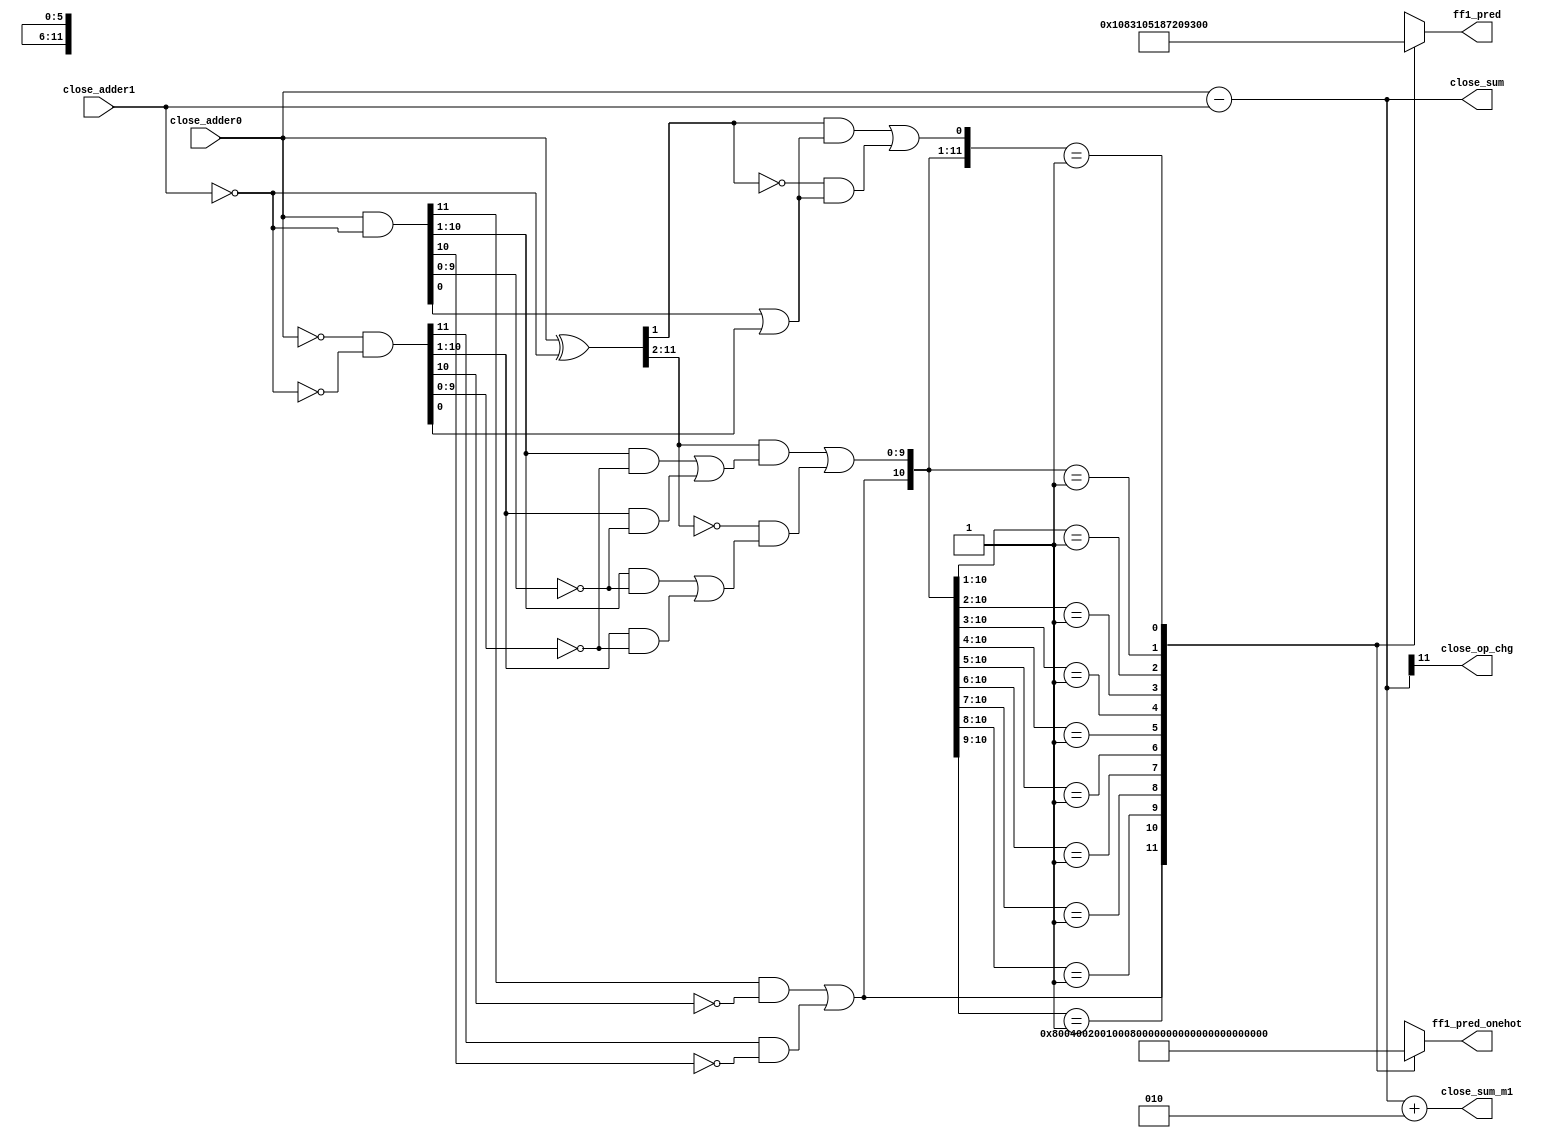
/*Copyright 2019-2021 T-Head Semiconductor Co., Ltd.

Licensed under the Apache License, Version 2.0 (the "License");
you may not use this file except in compliance with the License.
You may obtain a copy of the License at

    http://www.apache.org/licenses/LICENSE-2.0

Unless required by applicable law or agreed to in writing, software
distributed under the License is distributed on an "AS IS" BASIS,
WITHOUT WARRANTIES OR CONDITIONS OF ANY KIND, either express or implied.
See the License for the specific language governing permissions and
limitations under the License.
*/

// &ModuleBeg; @22
module ct_fadd_close_s1_h(
  close_adder0,
  close_adder1,
  close_op_chg,
  close_sum,
  close_sum_m1,
  ff1_pred,
  ff1_pred_onehot
);

// &Ports; @23
input   [11:0]  close_adder0;      
input   [11:0]  close_adder1;      
output          close_op_chg;      
output  [11:0]  close_sum;         
output  [11:0]  close_sum_m1;      
output  [5 :0]  ff1_pred;          
output  [11:0]  ff1_pred_onehot;   

// &Regs; @24
reg     [5 :0]  ff1_pred_t0;       
reg     [11:0]  ff1_pred_t0_onehot; 

// &Wires; @25
wire    [11:0]  close_adder0;      
wire    [11:0]  close_adder0_t0;   
wire    [11:0]  close_adder1;      
wire    [11:0]  close_adder1_t0;   
wire    [11:0]  close_ff1_a_t0;    
wire    [11:0]  close_ff1_b_t0;    
wire    [11:0]  close_ff1_c_t0;    
wire    [11:0]  close_ff1_f_t0;    
wire    [11:0]  close_ff1_g_t0;    
wire    [11:0]  close_ff1_t_t0;    
wire    [11:0]  close_ff1_z_t0;    
wire    [11:0]  close_m1_oper2;    
wire            close_op_chg;      
wire    [11:0]  close_sum;         
wire    [11:0]  close_sum_m1;      
wire    [11:0]  close_sum_m1_t0;   
wire    [11:0]  close_sum_t0;      
wire    [5 :0]  ff1_pred;          
wire    [11:0]  ff1_pred_onehot;   


//Three Type
//t0 : !src0_e_is_0 && !src1_e_is_0
//t1 : !src0_e_is_0 &&  src1_e_is_0
//t2 :  src0_e_is_0 &&  src1_e_is_0


//assign close_sum[11:0]    = {12{type0_sel}} & close_sum_t0[11:0] | 
//                            {12{type1_sel}} & close_sum_t1[11:0] | 
//                            {12{type2_sel}} & close_sum_t2[11:0];
//assign close_sum_m1[11:0] = {12{type0_sel}} & close_sum_m1_t0[11:0] | 
//                            {12{type1_sel}} & close_sum_m1_t1[11:0] | 
//                            {12{type2_sel}} & close_sum_m1_t2[11:0];
//assign ff1_pred[11:0]     = {12{type0_sel}} & ff1_pred_t0_onehot[11:0] | 
//                            {12{type1_sel}} & ff1_pred_t1_onehot[11:0] | 
//                            {12{type2_sel}} & ff1_pred_t2[11:0];                          

assign close_sum[11:0]       = close_sum_t0[11:0];
assign close_sum_m1[11:0]    = close_sum_m1_t0[11:0];
assign ff1_pred_onehot[11:0] = ff1_pred_t0_onehot[11:0];
assign ff1_pred[5:0]         = ff1_pred_t0[5:0];

assign close_op_chg       = close_sum[11];
// &Force("output","close_sum"); @49

assign close_adder0_t0[11:0] = close_adder0[11:0];
assign close_adder1_t0[11:0] = close_adder1[11:0];

assign close_m1_oper2[11:0] = 12'b10;
// &Force("nonport","close_sum_t0"); @55
// &Force("nonport","close_sum_m1_t0"); @56
// &Force("nonport","close_m1_oper2"); @57

//csky vperl_off
//close_sum0 for F0-F1
assign close_sum_t0[11:0] = $unsigned($signed(close_adder0_t0[11:0]) - $signed(close_adder1_t0[11:0]));
//close_sum0 for F1-F0
//close_sum select, keep sum not negative
//close_sum0_m1
assign close_sum_m1_t0[11:0] = $unsigned($signed(close_adder0_t0[11:0]) 
                                          - $signed(close_adder1_t0[11:0])
                                          + $signed(close_m1_oper2[11:0]));

//csky vperl_on

//FF1 Logic of Close Path S0
//If predict first 1 set at r[n]
//Actual first 1 may set at r[n+1] or r[n]
//A and B are to oprand
assign close_ff1_a_t0[11:0] = close_adder0_t0[11:0];
assign close_ff1_b_t0[11:0] = close_adder1_t0[11:0];

//C = B && act_add || ~B && act_sub
assign close_ff1_c_t0[11:0] = ~close_ff1_b_t0[11:0];
//T = A^C  G=A&C  Z=(~A)&(~C)
assign close_ff1_t_t0[11:0] = close_ff1_a_t0[11:0] ^ close_ff1_c_t0[11:0];
assign close_ff1_g_t0[11:0] = close_ff1_a_t0[11:0] & close_ff1_c_t0[11:0];
assign close_ff1_z_t0[11:0] = (~close_ff1_a_t0[11:0]) & (~close_ff1_c_t0[11:0]);
//F :
//fn-1 = En[gi(~zi-1) + zi(~gi-1)] + (~En)[gi(~gi-1) + zi(~zi-1)], En=act_sub
//f0   = t1(g0En+z0) + (~t1)(z0En+g0)
//fi   = ti+1[gi(~zi-1) + zi(~gi-1)] + (~ti+1)[gi(~gi-1) + zi(~zi-1)]
assign close_ff1_f_t0[11]   =  ( close_ff1_g_t0[11] & (~close_ff1_z_t0[10])) | 
                               ( close_ff1_z_t0[11] & (~close_ff1_g_t0[10]));
assign close_ff1_f_t0[0]    = (( close_ff1_t_t0[1]) & (close_ff1_g_t0[0] | close_ff1_z_t0[0])) | 
                              ((~close_ff1_t_t0[1]) & (close_ff1_z_t0[0] | close_ff1_g_t0[0]));
assign close_ff1_f_t0[10:1] = (( close_ff1_t_t0[11:2]) & ((close_ff1_g_t0[10:1] & (~close_ff1_z_t0[9:0])) | 
                               ( close_ff1_z_t0[10:1]  & (~close_ff1_g_t0[9:0]))))                     | 
                              ((~close_ff1_t_t0[11:2]) & ((close_ff1_g_t0[10:1] & (~close_ff1_g_t0[9:0])) | 
                               ( close_ff1_z_t0[10:1]  & (~close_ff1_z_t0[9:0]))));                            

// &CombBeg; @97
always @( close_ff1_f_t0[11:0])
begin
casez(close_ff1_f_t0[11:0])
  12'b1?????_?????? : begin 
    ff1_pred_t0_onehot[11:0] = 12'b100000_000000;
    ff1_pred_t0[5:0]         = 6'd0;
  end
  12'b01????_?????? : begin 
    ff1_pred_t0_onehot[11:0] = 12'b010000_000000;
    ff1_pred_t0[5:0]         = 6'd1;
  end
  12'b001???_?????? : begin 
    ff1_pred_t0_onehot[11:0] = 12'b001000_000000;
    ff1_pred_t0[5:0]         = 6'd2;
  end
  12'b0001??_?????? : begin 
    ff1_pred_t0_onehot[11:0] = 12'b000100_000000;
    ff1_pred_t0[5:0]         = 6'd3;
  end
  12'b00001?_?????? : begin 
    ff1_pred_t0_onehot[11:0] = 12'b000010_000000;
    ff1_pred_t0[5:0]         = 6'd4;
  end
  12'b000001_?????? : begin 
    ff1_pred_t0_onehot[11:0] = 12'b000001_000000;
    ff1_pred_t0[5:0]         = 6'd5;
  end
  12'b000000_1????? : begin 
    ff1_pred_t0_onehot[11:0] = 12'b000000_100000;
    ff1_pred_t0[5:0]         = 6'd6;
  end
  12'b000000_01???? : begin 
    ff1_pred_t0_onehot[11:0] = 12'b000000_010000;
    ff1_pred_t0[5:0]         = 6'd7;
  end
  12'b000000_001??? : begin 
    ff1_pred_t0_onehot[11:0] = 12'b000000_001000;
    ff1_pred_t0[5:0]         = 6'd8;
  end
  12'b000000_0001?? : begin 
    ff1_pred_t0_onehot[11:0] = 12'b000000_000100;
    ff1_pred_t0[5:0]         = 6'd9;
  end
  12'b000000_00001? : begin 
    ff1_pred_t0_onehot[11:0] = 12'b000000_000010;
    ff1_pred_t0[5:0]         = 6'd10;
  end
  12'b000000_000001 : begin 
    ff1_pred_t0_onehot[11:0] = 12'b000000_000001;
    ff1_pred_t0[5:0]         = 6'd11;
  end
  default : begin 
  ff1_pred_t0_onehot[11:0] = {12{1'bx}};
  ff1_pred_t0[5:0]         = {6{1'bx}};
  end
endcase
// &CombEnd; @152
end


// &ModuleEnd; @155
endmodule